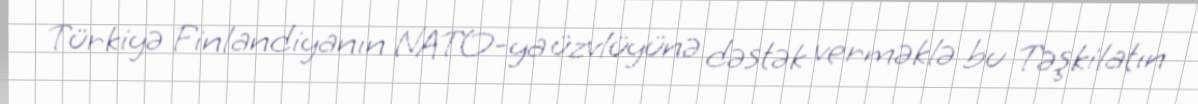
Türkiyə Finlandiyanın NATO-ya üzvlüyünə dəstək verməklə bu Təşkilatın